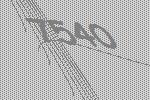
7540